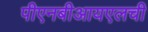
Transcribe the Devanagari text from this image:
पीएनबीआयएलची